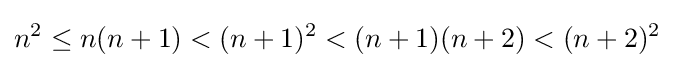
n^{2}\leq n(n+1)<(n+1)^{2}<(n+1)(n+2)<(n+2)^{2}